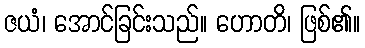
ဇယံ၊ အောင်ခြင်းသည်။ ဟောတိ၊ ဖြစ်၏။